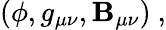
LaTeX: (\phi,g_{\mu\nu},\mathbf{B}_{\mu\nu})\ ,